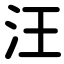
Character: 汪